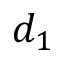
d _ { 1 }